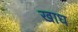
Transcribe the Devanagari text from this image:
खाध